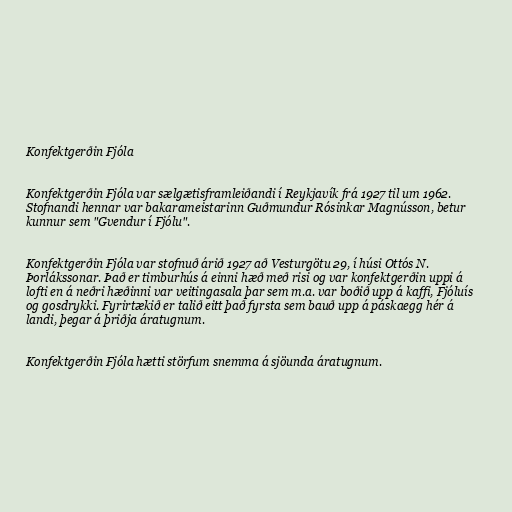
Konfektgerðin Fjóla

Konfektgerðin Fjóla var sælgætisframleiðandi í Reykjavík frá 1927 til um 1962.
Stofnandi hennar var bakarameistarinn Guðmundur Rósinkar Magnússon, betur
kunnur sem "Gvendur í Fjólu".

Konfektgerðin Fjóla var stofnuð árið 1927 að Vesturgötu 29, í húsi Ottós N.
Þorlákssonar. Það er timburhús á einni hæð með risi og var konfektgerðin uppi á
lofti en á neðri hæðinni var veitingasala þar sem m.a. var boðið upp á kaffi, Fjóluís
og gosdrykki. Fyrirtækið er talið eitt það fyrsta sem bauð upp á páskaegg hér á
landi, þegar á þriðja áratugnum.

Konfektgerðin Fjóla hætti störfum snemma á sjöunda áratugnum.